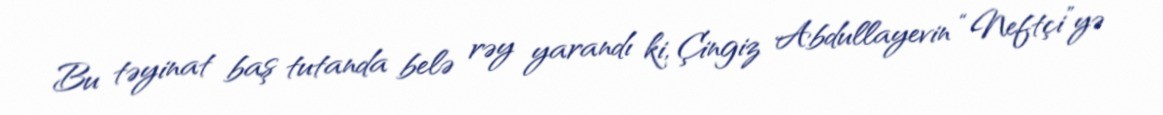
Bu təyinat baş tutanda belə rəy yarandı ki, Çingiz Abdullayevin “Neftçi”yə